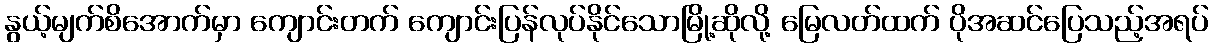
နွယ့်မျက်စိအောက်မှာ ကျောင်းတက် ကျောင်းပြန်လုပ်နိုင်သောမြို့ဆိုလို့ မြေလတ်ထက် ပိုအဆင်ပြေသည့်အရပ်